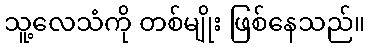
သူ့လေသံကို တစ်မျိုး ဖြစ်နေသည်။